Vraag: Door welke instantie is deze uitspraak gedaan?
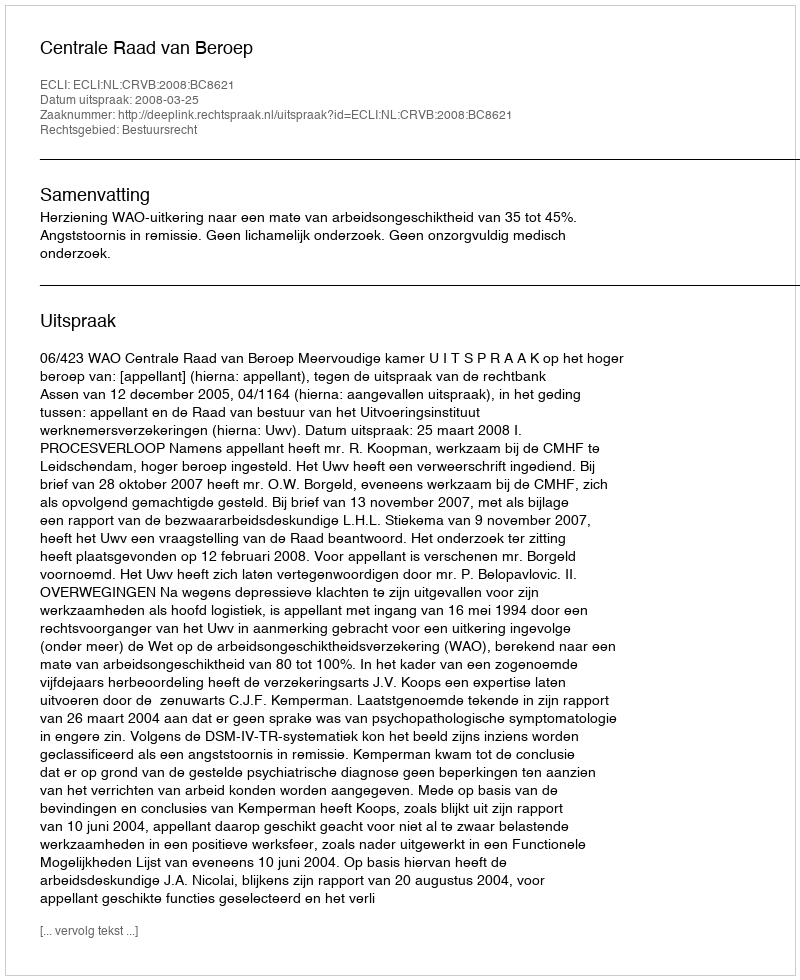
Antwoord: Centrale Raad van Beroep